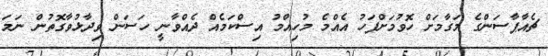
ޗެއާޕާސަންގެ މަގާމަށް ހޮވުމަށްފަހު އެއްމެ މުހިއްމު އިސްކަމެއް ދެއްވާނީ ހަސަން ވިދާޅުވާގޮތުން ނަމަ